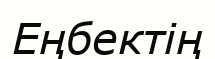
Еңбектің